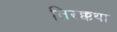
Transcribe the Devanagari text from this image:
तिरक्कथा